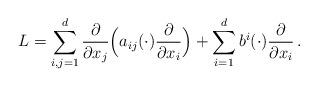
LaTeX: \begin{align*} L=\sum_{i,j=1}^d \frac{\partial}{\partial x_j}\Big(a_{ij}(\cdot)\frac{\partial}{\partial x_i}\Big)+\sum_{i=1}^db^i(\cdot)\frac{\partial}{\partial x_i}\,.\end{align*}